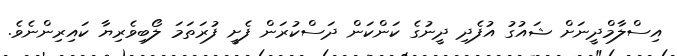
އިސްލާމްދީނަށް ޝައުގު އުފެދި ދީނުގެ ކަންކަން ދަސްކުރަން ފެށީ ފުރަތަމަ ލޯބިވެރިޔާ ކައިރިންނެވެ.